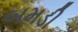
બમડી